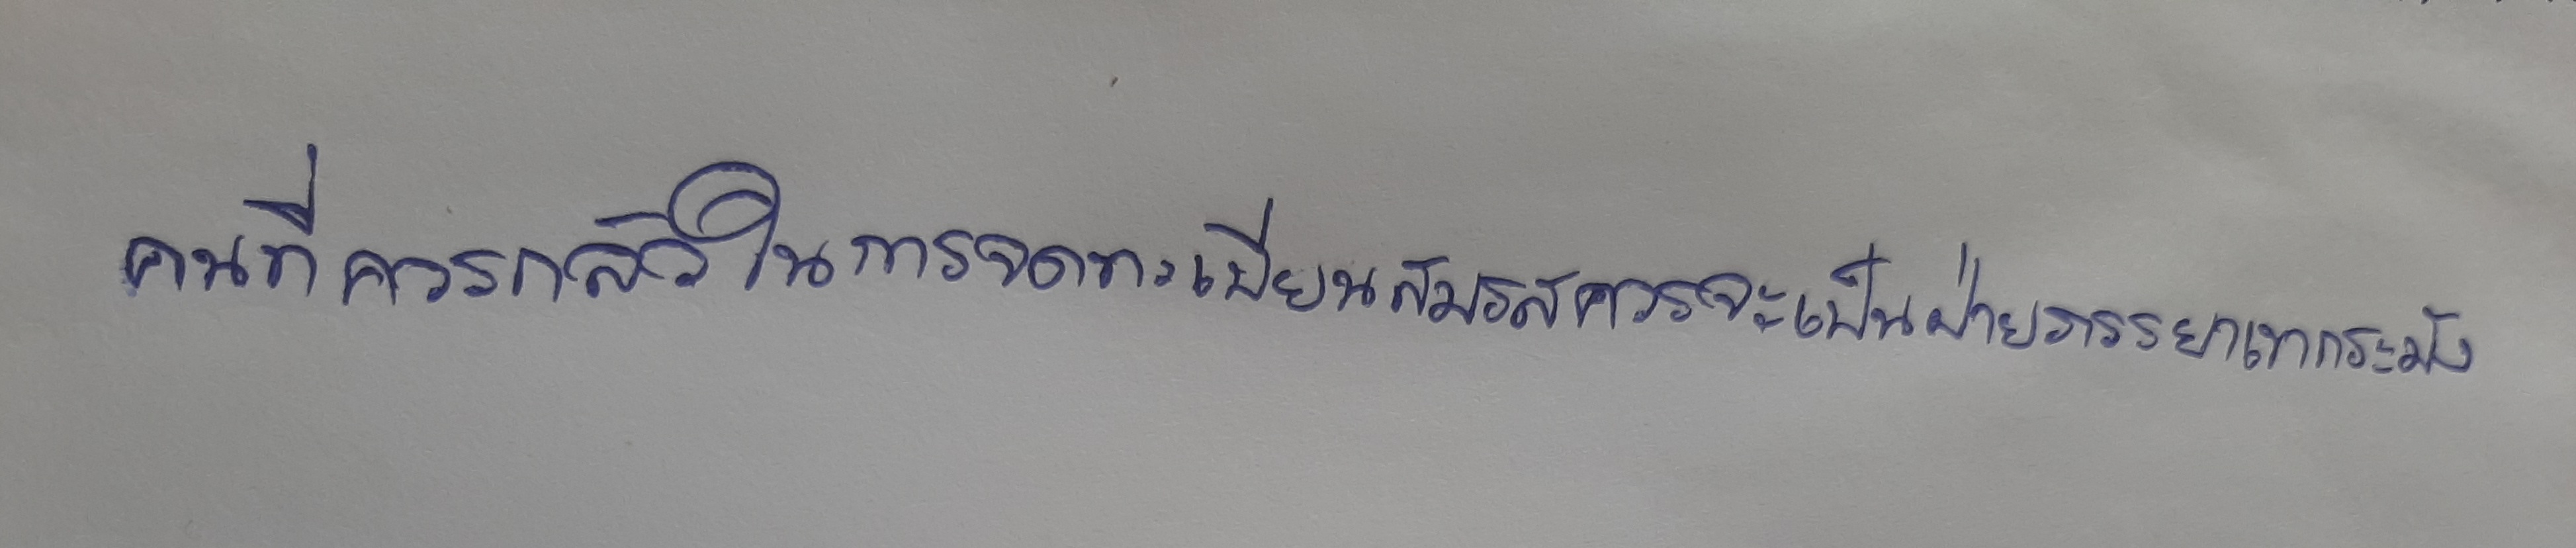
คนที่ควรกลัวในการจดทะเบียนสมรสควรจะเป็นฝ่ายภรรยาเขากระมัง